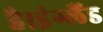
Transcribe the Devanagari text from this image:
है।इंग्लैंड